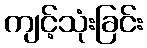
ကျင့်သုံးခြင်း